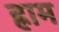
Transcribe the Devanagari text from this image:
ह्राम